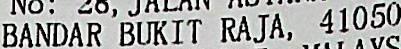
BANDAR BUKIT RAJA, 41050